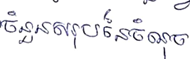
ចំនួនសរុបនៃចំណុច